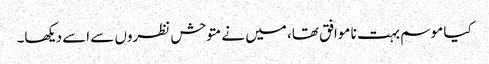
کیا موسم بہت نا موافق تھا، میں نے متوحش نظروں سے اسے دیکھا۔